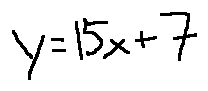
y = 1 5 x + 7